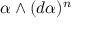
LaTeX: \alpha \wedge ( d \alpha ) ^ { n }